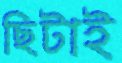
ছিটাই